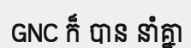
GNC ក៏ បាន នាំគ្នា